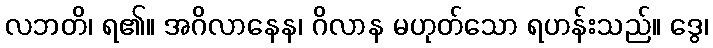
လဘတိ၊ ရ၏။ အဂိလာနေန၊ ဂိလာန မဟုတ်သော ရဟန်းသည်။ ဒွေ၊